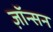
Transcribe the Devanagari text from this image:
ज़ॉन्सन